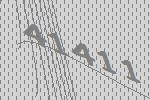
41411